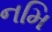
નમિ